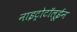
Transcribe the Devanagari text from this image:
नाइट्रोटॉलूईन